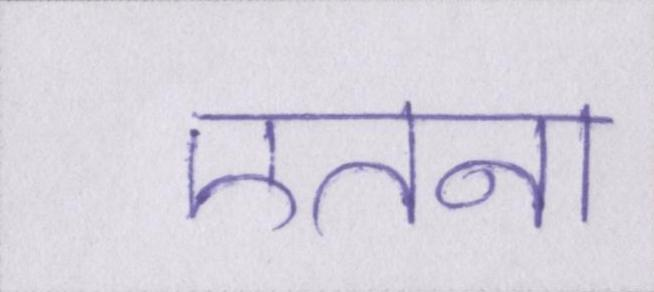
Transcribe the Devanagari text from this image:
एतना